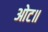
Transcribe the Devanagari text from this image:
ओट॥